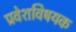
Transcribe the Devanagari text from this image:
प्रवेशविषयक